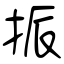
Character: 挀